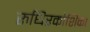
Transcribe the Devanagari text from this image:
रुधिरकोशिका